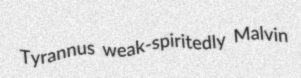
Tyrannus weak-spiritedly Malvin